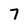
Character: 7